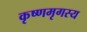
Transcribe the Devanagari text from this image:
कृष्णमृगस्य